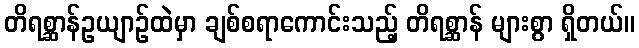
တိရစ္ဆာန်ဥယျာဉ်ထဲမှာ ချစ်စရာကောင်းသည့် တိရစ္ဆာန် များစွာ ရှိတယ်။